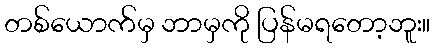
တစ်ယောက်မှ ဘာမှကို ပြန်မရတော့ဘူး။